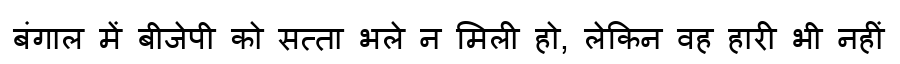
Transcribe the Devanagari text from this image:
बंगाल में बीजेपी को सत्ता भले न मिली हो, लेकिन वह हारी भी नहीं